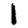
Digit: 1